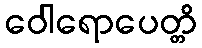
ဝေါရောပေတ္တိ